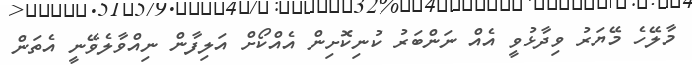
މާލޭހެ މޭޔަރު ވިދާޅުވީ އެއް ނަންބަރު ކުނިކޮށިން އެއްކޯށް އަލިފާން ނިއްވާލެވޭނީ އެތަން